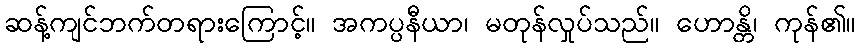
ဆန့်ကျင်ဘက်တရားကြောင့်။ အကပ္ပနီယာ၊ မတုန်လှုပ်သည်။ ဟောန္တိ၊ ကုန်၏။